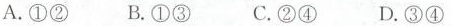
A.①② B.①③ C.②④ D.③④